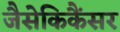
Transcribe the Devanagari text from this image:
जैसेकिकैंसर